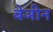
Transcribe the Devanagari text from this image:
बेञीन